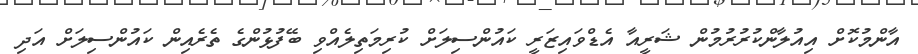
އާންމުކޮށް އިއުލާންކުރުރުމުން ޝަރީއާ އެޑްވައިޒަރީ ކައުންސިލަށް ކުރިމަތިލެއްވި ބޭފުޅުންގެ ތެރެއިން ކައުންސިލަށް އަދި